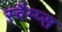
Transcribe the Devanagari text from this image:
स्वैम्प्स